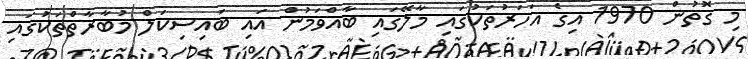
މި ގޮތުން 1970 އިގެ އަހަރުތަކުގައި މާލޭގައި ބާއްވަމުން އައި ބައިސިކަލް މުބާރާތްތަކުގައި